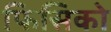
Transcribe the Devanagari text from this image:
फिसिको